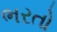
ભરતો